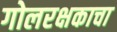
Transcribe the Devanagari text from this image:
गोलरक्षकाचा